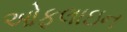
ઓફલાઇન